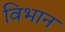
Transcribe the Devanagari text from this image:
विभान